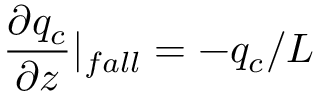
\frac { \partial q _ { c } } { \partial z } | _ { f a l l } = - q _ { c } / L